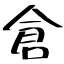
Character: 倉